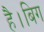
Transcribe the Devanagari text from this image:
है।बिग